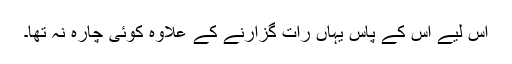
اس لیے اس کے پاس یہاں رات گزارنے کے علاوہ کوئی چارہ نہ تھا۔